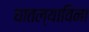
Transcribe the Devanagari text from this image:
घातल्याविना